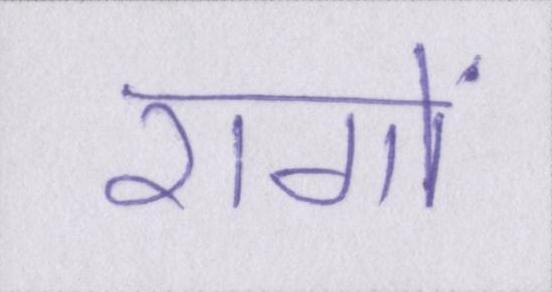
रागों